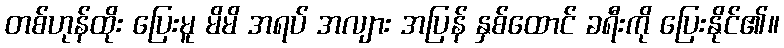
တစ်ဟုန်ထိုး ပြေးမူ မိမိ အရပ် အလျား အပြန် နှစ်ထောင် ခရီးကို ပြေးနိုင်၏။